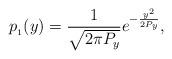
LaTeX: \begin{align*}p_{_1}(y) = \frac{1}{\sqrt{2 \pi P_y}} e^{-\frac{y^2}{2 P_y}},\end{align*}